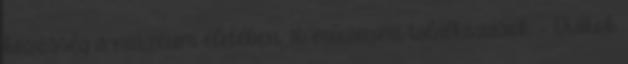
közösség a múzeum életében. 16 múzeumi találkozások – Diákok